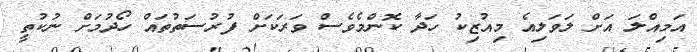
އަމިއްލަ އަށް ލަވަލިއެ މިއުޒިކު ހަދާ ކޮންމެވެސް ވަރަކަށް ފުރުސަތުތައް ހޯދުމަށް ނުކުތީ